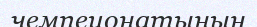
чемпеионатының